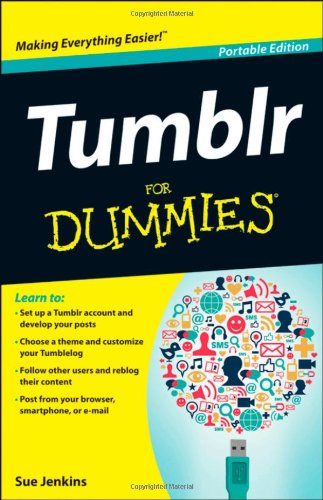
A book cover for Tumblr For Dummies; Sue Jenkins; Computers & Technology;